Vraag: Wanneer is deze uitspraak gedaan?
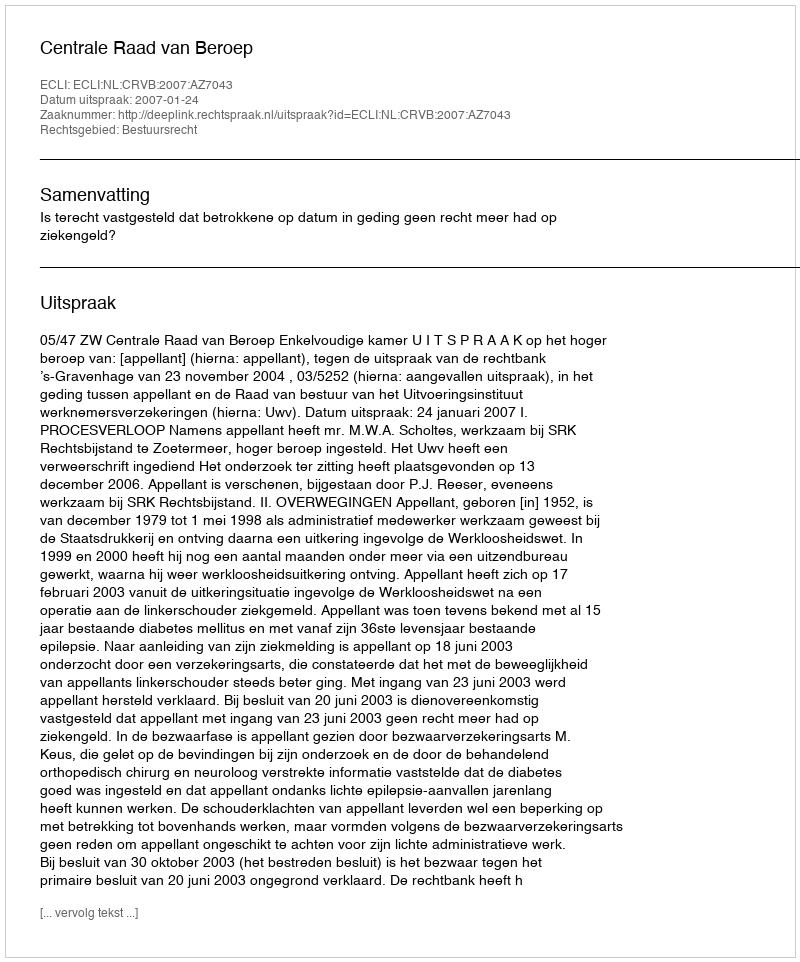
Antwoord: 2007-01-24